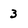
Character: 3